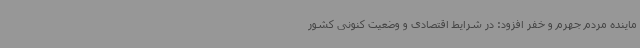
ماینده مردم جهرم و خفر افزود: در شرایط اقتصادی و وضعیت کنونی کشور